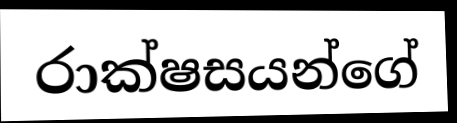
රාක්ෂසයන්ගේ